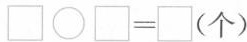
$$\Box \bigcirc \Box = \Box ( 个 )$$